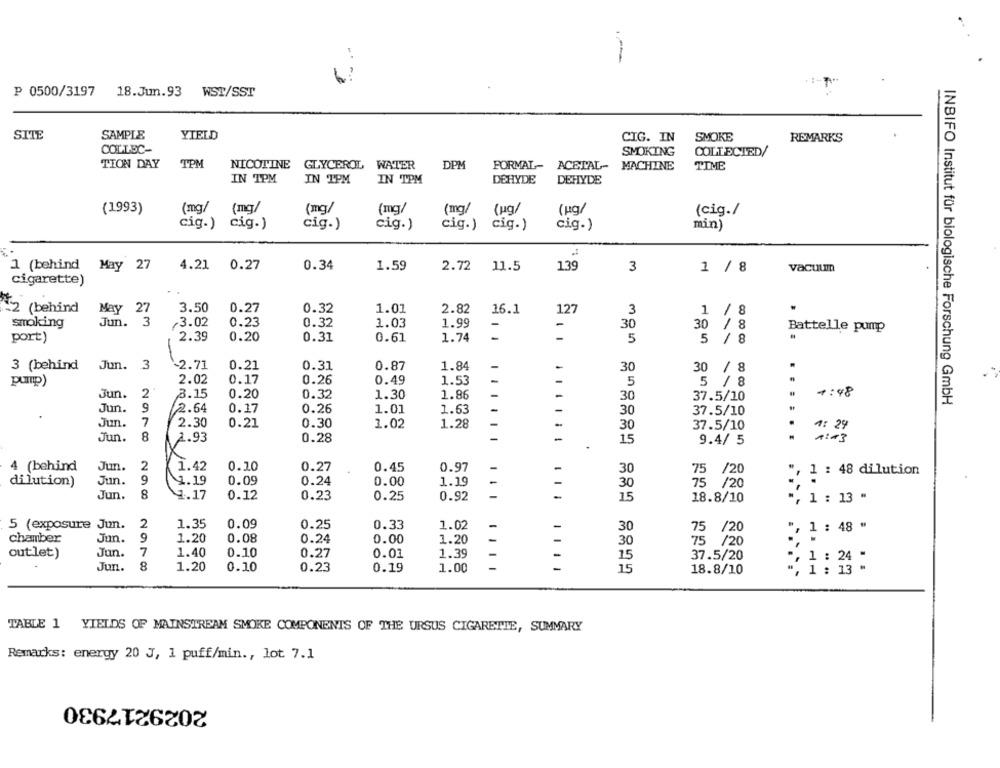
P 0500/3197
18.Jun.93 WST/SST
SITE
SAMPLE
YIELD
CIG. IN
SMOKE
REMARKS
COLLEC-
SMOKING
COLLECTED/
TION DAY
TPM
NICOTINE GLYCEROL WATER
DPM
FORMAL- ACETAL- MACHINE
TIME
IN TPM
IN TPM
IN TPM
DEHYDE
DEHYDE
(1993)
(mg/
(mg/
(mg/
(mg/
(mg/
(ug/
(ug/
(cig./
cig.) cig.)
cig.)
cig.)
cig.)
cig.)
cig.)
min)
1 (behind May 27
4.21 0.27
0.34
1.59
2.72
11.5
139
3
1 / 8
vacuum
cigarette)
-2 (behind
May 27
3.50
0.27
0.32
1.01
2.82
16.1
127
3
1 / 8
Jun.
3
,3.02
0.23
0.32
1.99
smoking
1.03
-
-
30
30 / 8
Battelle pump
port)
2.39
0.20
0.31
0.61
1.74
-
5
5 / 8
3 (behind
Jun.
3
-2.71
0.21
0.31
0.87
1.84
-
30
.
30 / 8
pump)
2.02
0.17
0.26
0.49
1.53
5
5 / 8
Jun.
2
3.15
0.20
0.32
1.30
1.86
30
37.5/10
1:48
Jun.
9
INBIFO Institut für biologische Forschung GmbH
2.64
0.17
0.26
1.01
1.63
-
30
37.5/10
Jun.
7
.
2.30
0.21
0.30
1.02
1.28
30
37.5/10
4: 29
Jun.
8
1.93
0.28
-
1:43
15
9.4/ 5
X
4 (behind
Jun.
2
1.42
0.20
0.27
0.45
0.97
-
30
75 /20
, 1 : 48 dilution
dilution)
Jun.
9
4.19
0.09
0.24
0.00
1.19
75 /20
30
Jun.
8
1.17
0.12
0.23
0.25
0.92
15
18.8/10
1 : 13 "
5 (exposure Jun.
2
1.35
0.09
0.25
0.33
1.02
30
75 /20
:' 1 : 48 "
Jun.
9
0.08
chamber
1.20
0.24
0.00
1.20
30
75 /20
outlet)
Jun.
7
1.40
0.10
0.27
0.01
1.39
15
37.5/20
-, 1 : 24 "
Jun.
8
1.20
0.10
0.23
0.19
1.00
-
-
15
18.8/10
", 1 : 13 -
TABLE 1 YIELDS OF MAINSTREAM SMOKE COMPONENTS OF THE URSUS CIGARETTE, SUMMARY
Remarks: energy 20 J, 1 puff/min ., lot. 7.1
2029217930